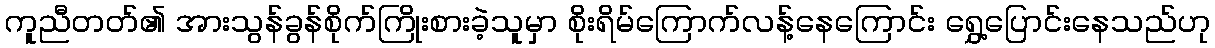
ကူညီတတ်၏ အားသွန်ခွန်စိုက်ကြိုးစားခဲ့သူမှာ စိုးရိမ်ကြောက်လန့်နေကြောင်း ရွှေ့ပြောင်းနေသည်ဟု